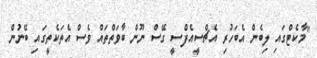
"މާކެޓްގައި ލިބެން އެބަހުރި އެޗްސީއެފްސީ ގޭސް ނޫން ބާވަތްތައް ވެސް އެތަކެތީގައި ބޭނުން